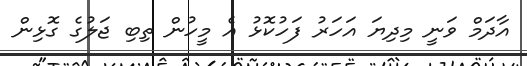
އާދަމް ވަނީ މިދިޔަ އަހަރު ފަހުކޮޅު އެ މީހުން ތިބި ޖަލުގެ ގޮޅިން